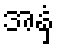
အနှံ့